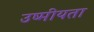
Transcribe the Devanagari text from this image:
उष्मीयता